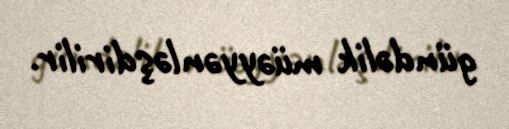
gündəlik müəyyənləşdirilir.